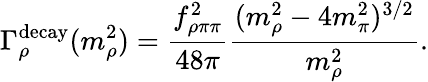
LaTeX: \Gamma_{\rho}^{\mathrm{decay}}(m_{\rho}^{2})=\frac{f_{\rho\pi\pi}^{2}}{48\pi}\frac{(m_{\rho}^{2}-4m_{\pi}^{2})^{3/2}}{m_{\rho}^{2}}.